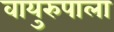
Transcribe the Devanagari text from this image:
वायुरुपाला